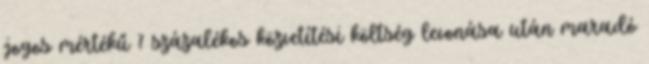
jogos mértékű 7 százalékos közvetítési költség levonása után maradó